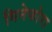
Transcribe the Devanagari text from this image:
गिनेफोरा